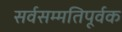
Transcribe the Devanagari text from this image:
सर्वसम्मतिपूर्वक